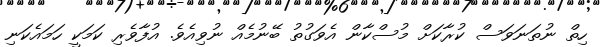
ހިތް ނުތަނަވަސް ކުރާކަށް މުސްކާން އެވަގުތު ބޭނުމެއް ނުވިއެވެ. އުފާވެރި ކަމަކީ ހަމައެކަނި